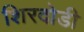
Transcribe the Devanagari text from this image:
शिरदोडी